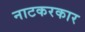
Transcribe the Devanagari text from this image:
नाटकरकार